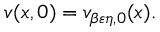
v ( x , 0 ) = v _ { \beta \varepsilon \eta , 0 } ( x ) .